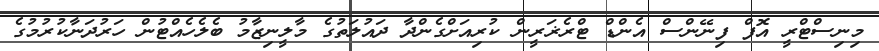
މިނިސްޓްރީ އޮފް ފިނޭންސް އެންޑް ޓްރެޜަރީން ކުރިއަށްގެންދާ ދައުލަތުގެ މާލީނިޒާމު ބެލެހެއްޓުން ހަރުދަނާކުރުމުގެ